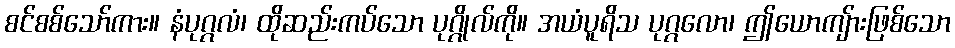
စင်စစ်သော်ကား။ နံပုဂ္ဂလံ၊ ထိုဆည်းကပ်သော ပုဂ္ဂိုလ်ကို။ အယံပူရိသ ပုဂ္ဂလော၊ ဤယောကျ်ားဖြစ်သော